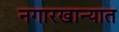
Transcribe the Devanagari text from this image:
नगारखान्यात